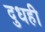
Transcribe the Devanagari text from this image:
दुधही